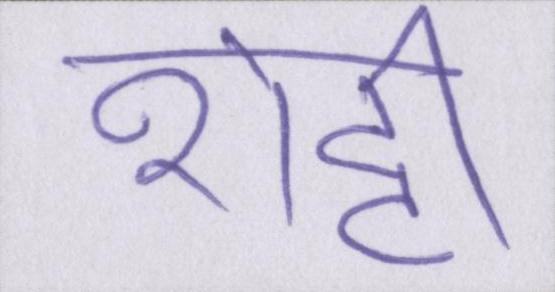
शेट्टी